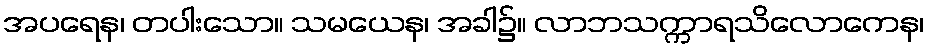
အပရေန၊ တပါးသော။ သမယေန၊ အခါ၌။ လာဘသက္ကာရသိလောကေန၊